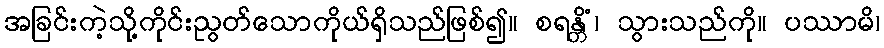
အခြင်းကဲ့သို့ကိုင်းညွတ်သောကိုယ်ရှိသည်ဖြစ်၍။ စရန္တိံ၊ သွားသည်ကို။ ပဿာမိ၊